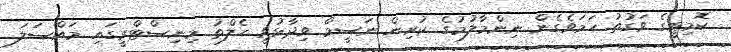
ކޮމިޓީގެ ވަގުތު ހަމަވެގެން ނިންމާލުމުގެ ކުރިން ނަސީމް ވިދާޅުވީ ހެލްތު މިނިސްޓްރީގައި މައްސަލަ